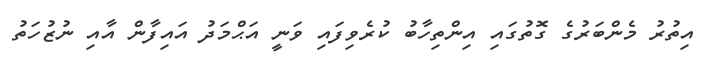
އިތުރު މެންބަރުގެ ގޮތުގައި އިންތިހާބު ކުރެވިފައި ވަނީ އަޙްމަދު އައިފާން އާއި ނުޒުހަތު